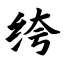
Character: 绔